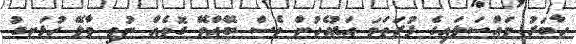
ހާބަރު މައްސަލައިގެ ފުރަތަމަ އަޑުއެހުން ވެސް ބޭއްވޭ ގޮތެއް ނުވި މާލޭ ހުޅަނގު